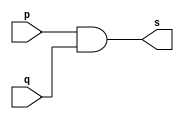
// ------------------------- 
// Exemplo0003 - AND 
// Nome: Oswaldo Oliveira Paulino
// ------------------------- 

// ------------------------- 
// -- and gate 
// ------------------------- 
module andgate ( output s, 
input p, 
input q); 
assign s = p & q; 
endmodule // andgate 
// --------------------- 
// -- test and gate 
// --------------------- 
module testandgate; 
// ------------------------- dados locais 
reg a, b; // definir registradores 
wire s; // definir conexao (fio) 
// ------------------------- instancia 
andgate AND1 (s, a, b); 
// ------------------------- preparacao 
initial begin:start 
// atribuicao simultanea 
// dos valores iniciais 
a=0; b=0; 
end 
// ------------------------- parte principal 
initial begin 
$display("Exemplo0003 - Oswaldo Oliveira Paulino - 382175"); 
$display("Test AND gate"); 
$display("\na & b = s\n"); 
a=0; b=0; 
#1 $display("%b & %b = %b", a, b, s); 
a=0; b=1; 
#1 $display("%b & %b = %b", a, b, s); 
a=1; b=0; 
#1 $display("%b & %b = %b", a, b, s); 
a=1; b=1; 
#1 $display("%b & %b = %b", a, b, s); 
end 
endmodule // testandgate